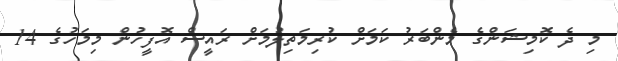
މި ދެ ކޮމިޝަންގެ މެންބަރު ކަމަށް ކުރިމަތިލުމަށް ރައީސް އޮފީހުން މިމަހުގެ 14